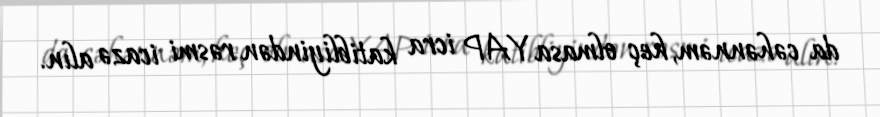
da cəhənnəm, heç olmasa YAP icra katibliyindən rəsmi icazə alın.